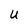
Character: U